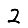
Digit: 2